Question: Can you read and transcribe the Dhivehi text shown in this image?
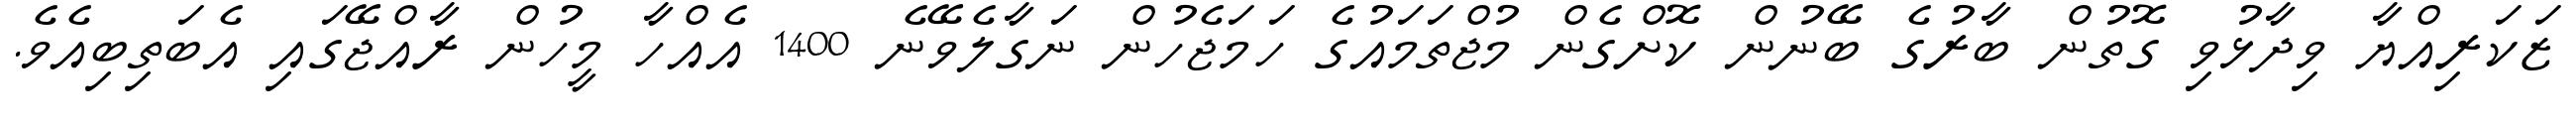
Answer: ޒަކަރިއްޔާ ވިދާޅުވި ގޮތުން ބާރުގެ ބޭނުން ކޮށްގެން މުޖްތަމައުގެ ހަމަޖެހުން ނަގާލެވޭނެ 1400 އެއްހާ މީހުން ރާއްޖޭގައި އެބަތިބިއެވެ.